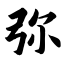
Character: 弥